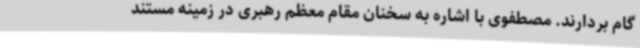
گام بردارند. مصطفوی با اشاره به سخنان مقام معظم رهبری در زمینه مستند